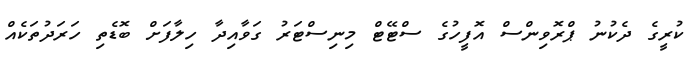
ކުރީގެ ދެކުނު ޕްރޮވިންސް އޮފީހުގެ ސްޓޭޓް މިނިސްޓަރު ގަވާއިދާ ހިލާފަށް ބޮޑެތި ހަރަދުތަކެއް